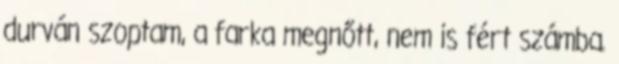
durván szoptam, a farka megnőtt, nem is fért számba.